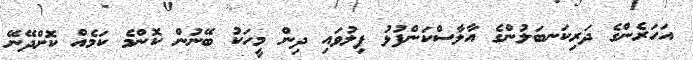
އަހަރެންގެ ދަރިކަނބަލުންގެ އާލާސްކަންފުޅު ފިލުވައި ދިން މީހަކު ބޭނުން ކޮންމެ ކަމެއް ކޮށްދޭނޭ